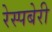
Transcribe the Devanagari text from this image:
रेस्पबेरी